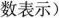
数表示)